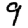
Digit: 9